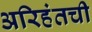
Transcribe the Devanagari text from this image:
अरिहंतची